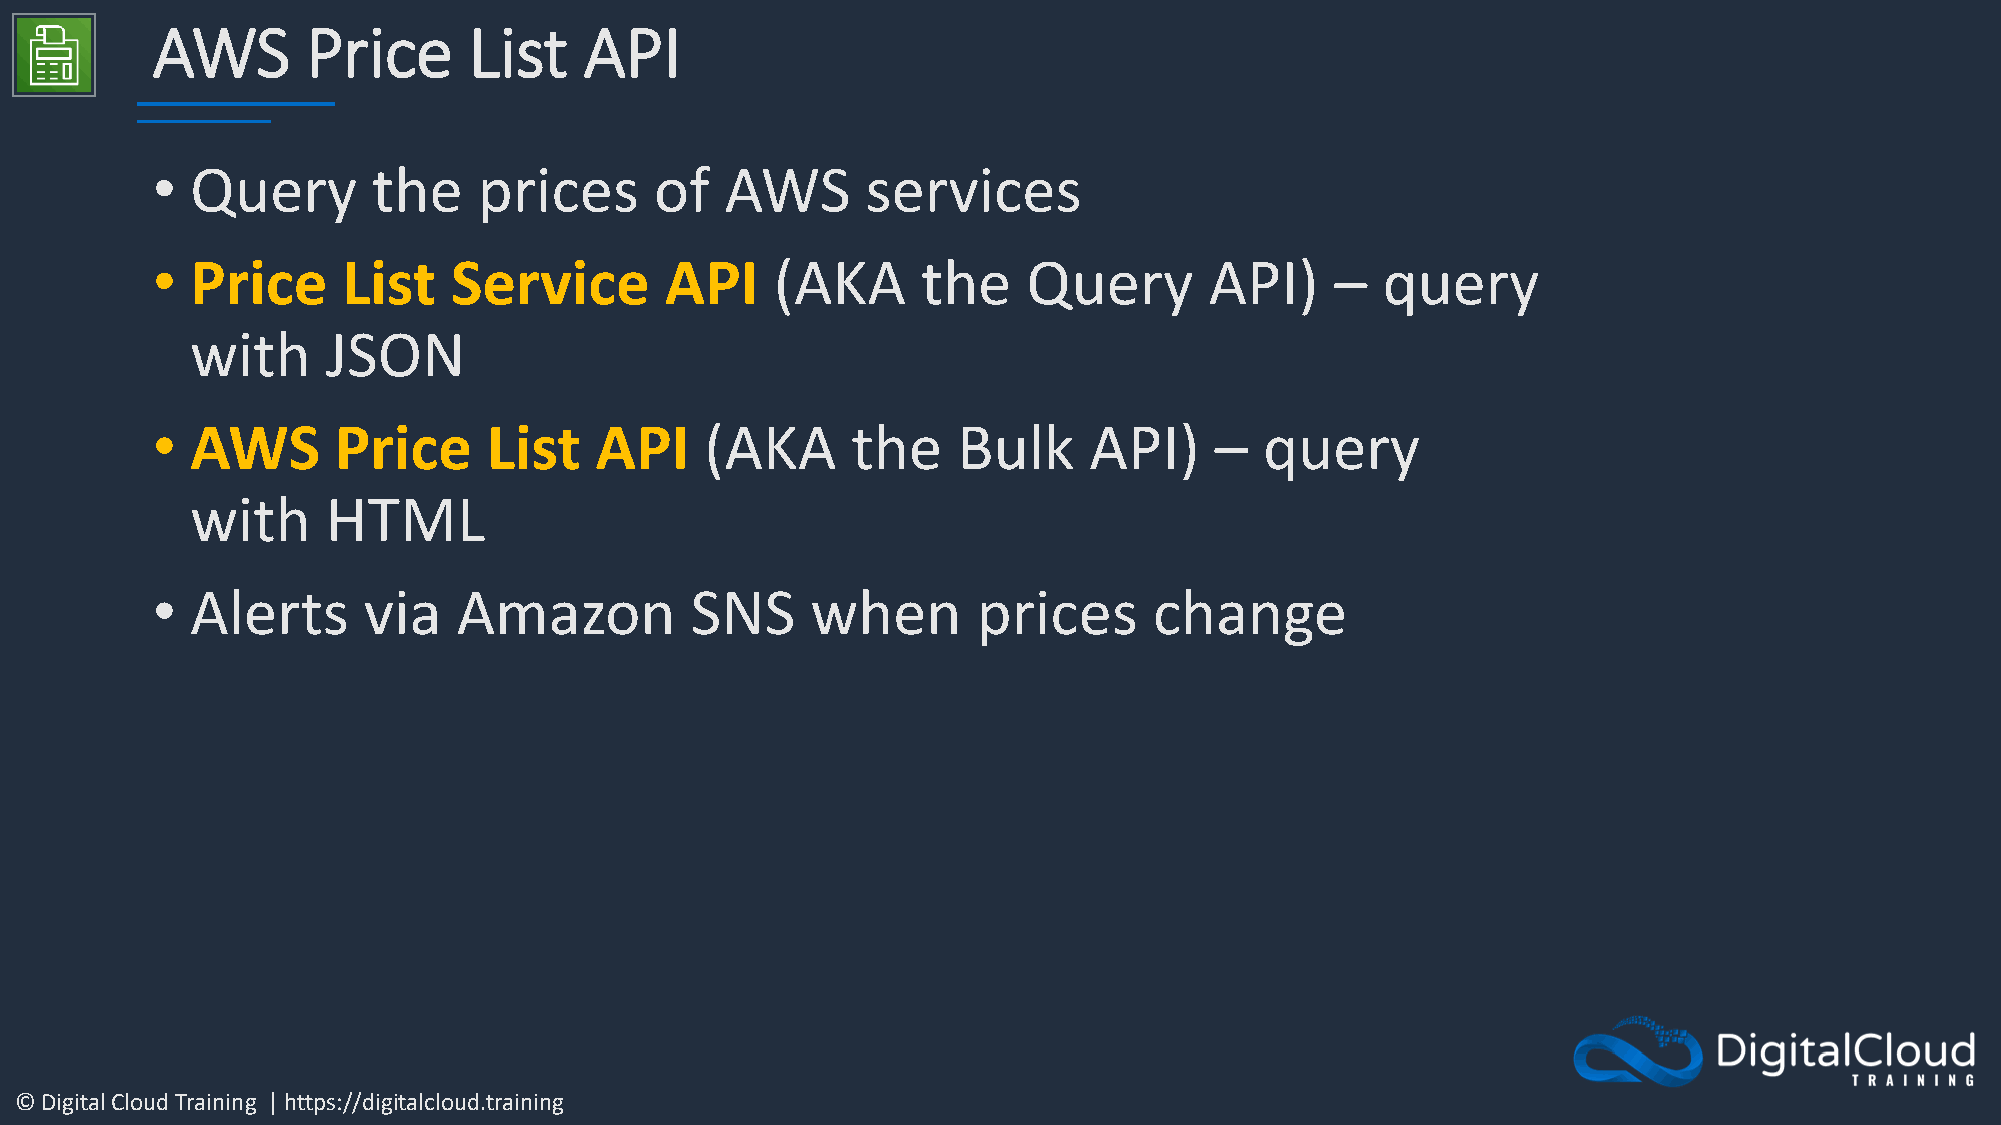
AWS       Price      List    API
 •  Query       the    prices     of   AWS      services
 •  Price     List   Service       API    (AKA      the    Query       API)    –  query
 with     JSON
 •  AWS      Price     List   API     (AKA     the    Bulk     API)    –   query
 with     HTML
 •  Alerts     via   Amazon          SNS     when       prices     change
 © Digital Cloud Training | https://digitalcloud.training